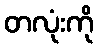
တလုံးကို